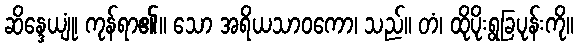
ဆိန္ဒေယျုံ၊ ကုန်ရာ၏။ သော အရိယသာဝကော၊ သည်။ တံ၊ ထိုပိုးရွခြပုန်းကို။